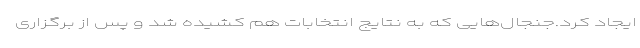
ایجاد کرد.جنجال‌هایی که به نتایج انتخابات هم کشیده شد و پس از برگزاری